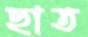
ছাত